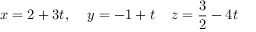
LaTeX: x = 2 + 3 t , \; \; \; \; y = - 1 + t \; \; \; \; z = { \frac { 3 } { 2 } } - 4 t